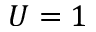
U = 1